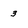
Character: 3